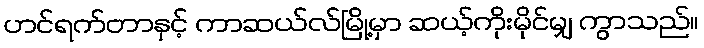
ဟင်ရက်တာနှင့် ကာဆယ်လ်မြို့မှာ ဆယ့်ကိုးမိုင်မျှ ကွာသည်။